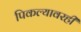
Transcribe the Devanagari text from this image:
पिकल्यावरही